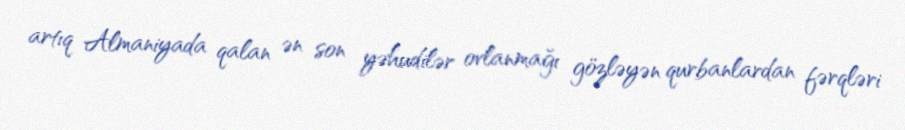
artıq Almaniyada qalan ən son yəhudilər ovlanmağı gözləyən qurbanlardan fərqləri